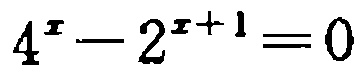
\(4^{x}-2^{x + 1}=0\)